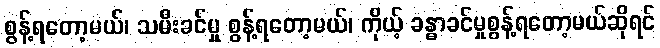
စွန့်ရတော့မယ်၊ သမီးခင်မှု စွန့်ရတော့မယ်၊ ကိုယ့် ခန္ဓာခင်မှုစွန့်ရတော့မယ်ဆိုရင်